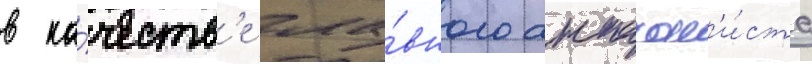
в ка́честв'е гла́вного антагон'и́ста